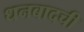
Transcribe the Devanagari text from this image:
धनबादची